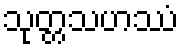
သုတ္တသဟဿံ